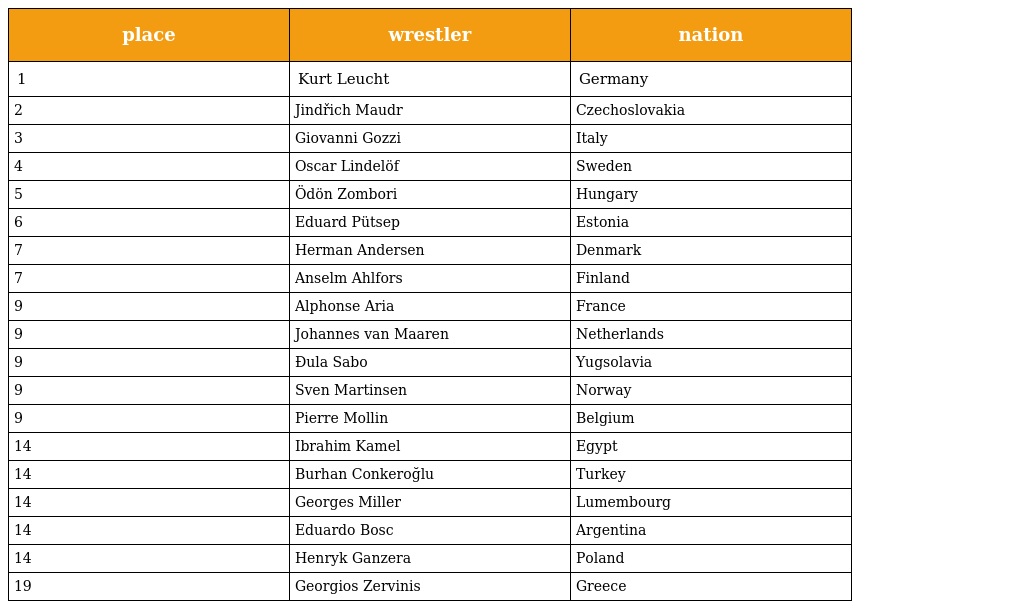
| place | wrestler | nation |
 | --- | --- | --- |
 | 1 | Kurt Leucht | Germany |
 | 2 | Jindřich Maudr | Czechoslovakia |
 | 3 | Giovanni Gozzi | Italy |
 | 4 | Oscar Lindelöf | Sweden |
 | 5 | Ödön Zombori | Hungary |
 | 6 | Eduard Pütsep | Estonia |
 | 7 | Herman Andersen | Denmark |
 | 7 | Anselm Ahlfors | Finland |
 | 9 | Alphonse Aria | France |
 | 9 | Johannes van Maaren | Netherlands |
 | 9 | Ðula Sabo | Yugsolavia |
 | 9 | Sven Martinsen | Norway |
 | 9 | Pierre Mollin | Belgium |
 | 14 | Ibrahim Kamel | Egypt |
 | 14 | Burhan Conkeroğlu | Turkey |
 | 14 | Georges Miller | Lumembourg |
 | 14 | Eduardo Bosc | Argentina |
 | 14 | Henryk Ganzera | Poland |
 | 19 | Georgios Zervinis | Greece |